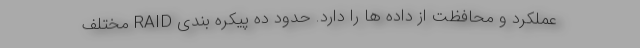
عملکرد و محافظت از داده ها را دارد. حدود ده پیکره بندی RAID مختلف